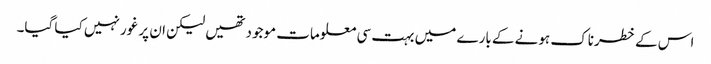
اس کے خطرناک ہونے کے بارے میں بہت سی معلومات موجود تھیں لیکن ان پر غور نہیں کیا گیا۔